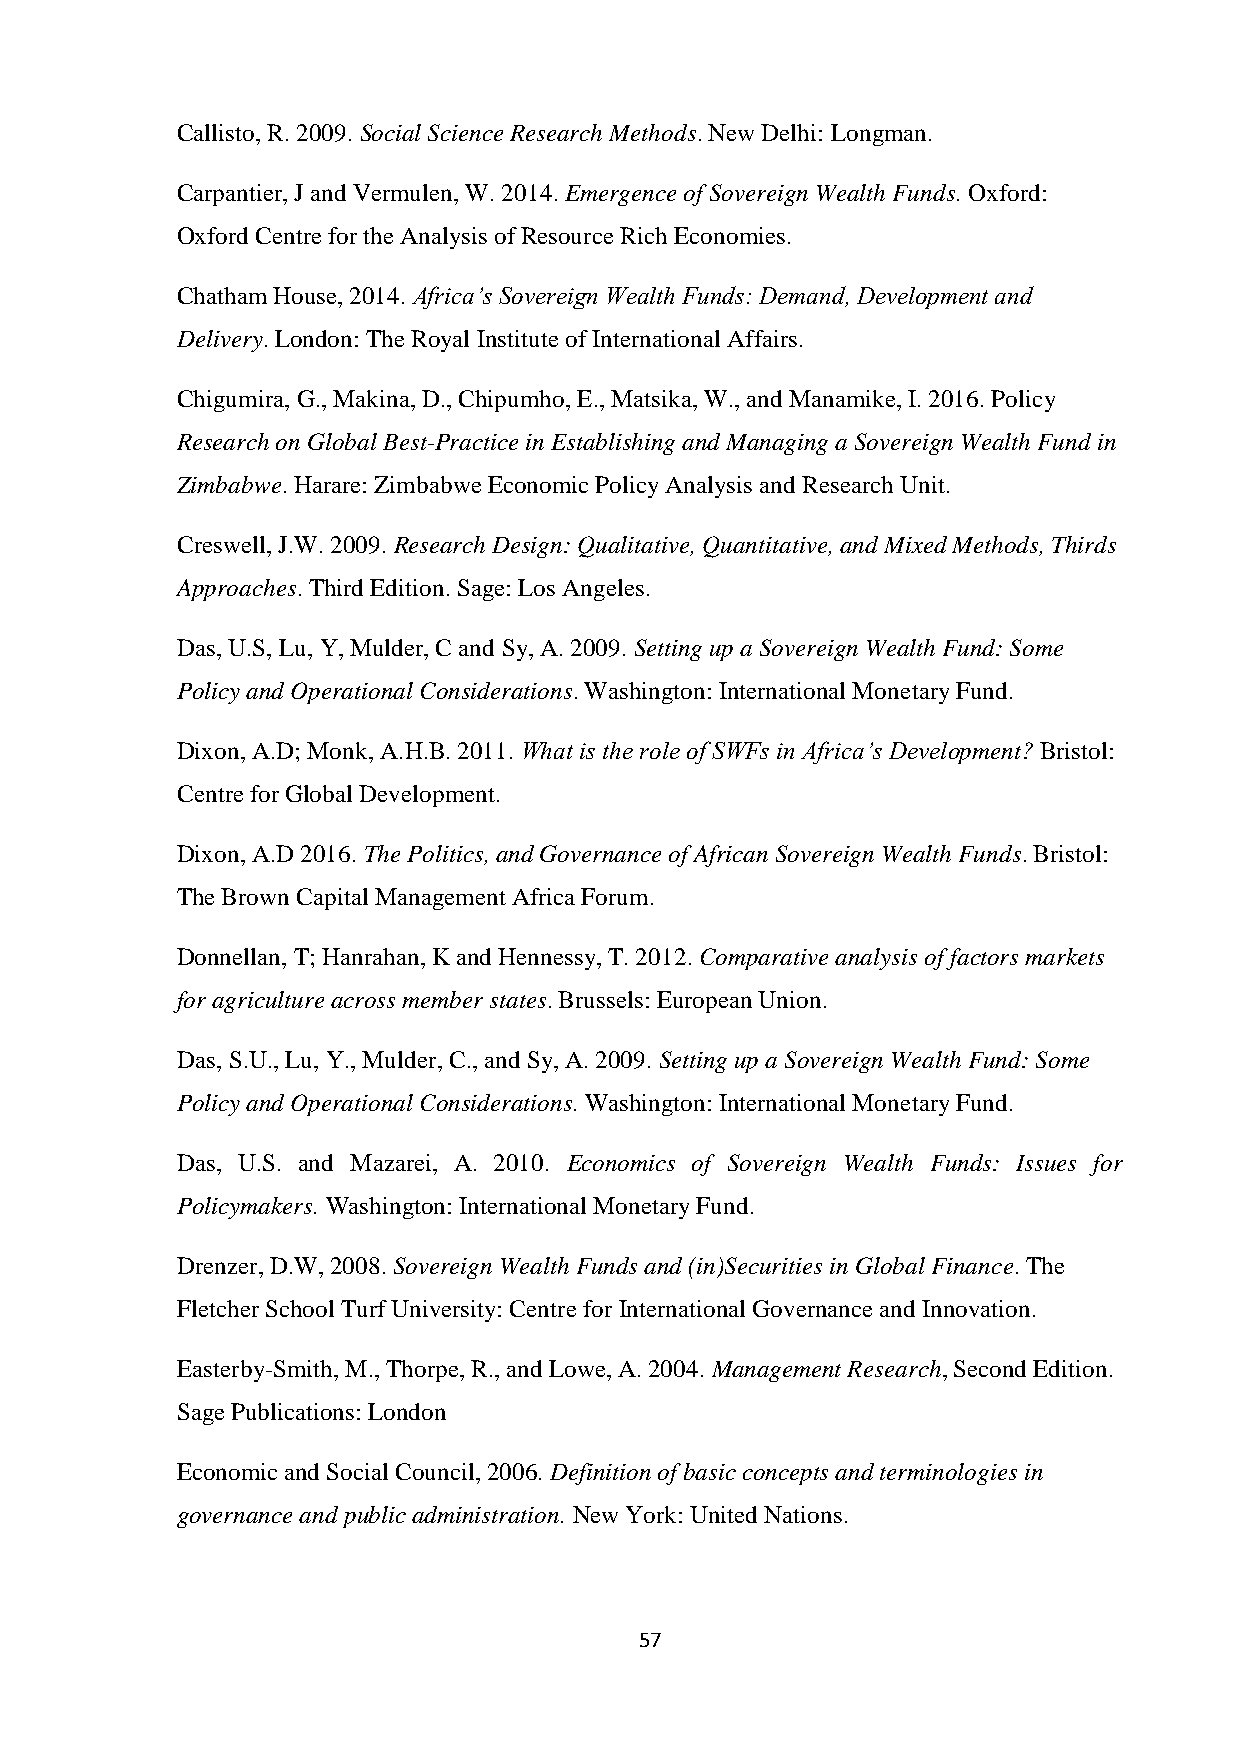
Callisto, R. 2009. Social Science Research Methods. New Delhi: Longman.
 Carpantier, J and Vermulen, W. 2014. Emergence of Sovereign Wealth Funds. Oxford:
 Oxford Centre for the Analysis of Resource Rich Economies.
 Chatham House, 2014. Africa’s Sovereign Wealth Funds: Demand, Development and
 Delivery. London: The Royal Institute of International Affairs.
 Chigumira, G., Makina, D., Chipumho, E., Matsika, W., and Manamike, I. 2016. Policy
 Research on Global Best-Practice in Establishing and Managing a Sovereign Wealth Fund in
 Zimbabwe. Harare: Zimbabwe Economic Policy Analysis and Research Unit.
 Creswell, J.W. 2009. Research Design: Qualitative, Quantitative, and Mixed Methods, Thirds
 Approaches. Third Edition. Sage: Los Angeles.
 Das, U.S, Lu, Y, Mulder, C and Sy, A. 2009. Setting up a Sovereign Wealth Fund: Some
 Policy and Operational Considerations. Washington: International Monetary Fund.
 Dixon, A.D; Monk, A.H.B. 2011. What is the role of SWFs in Africa’s Development? Bristol:
 Centre for Global Development.
 Dixon, A.D 2016. The Politics, and Governance of African Sovereign Wealth Funds. Bristol:
 The Brown Capital Management Africa Forum.
 Donnellan, T; Hanrahan, K and Hennessy, T. 2012. Comparative analysis of factors markets
 for agriculture across member states. Brussels: European Union.
 Das, S.U., Lu, Y., Mulder, C., and Sy, A. 2009. Setting up a Sovereign Wealth Fund: Some
 Policy and Operational Considerations. Washington: International Monetary Fund.
 Das, U.S. and Mazarei, A. 2010. Economics of Sovereign Wealth Funds: Issues for
 Policymakers. Washington: International Monetary Fund.
 Drenzer, D.W, 2008. Sovereign Wealth Funds and (in)Securities in Global Finance. The
 Fletcher School Turf University: Centre for International Governance and Innovation.
 Easterby-Smith, M., Thorpe, R., and Lowe, A. 2004. Management Research, Second Edition.
 Sage Publications: London
 Economic and Social Council, 2006. Definition of basic concepts and terminologies in
 governance and public administration. New York: United Nations.
 57